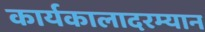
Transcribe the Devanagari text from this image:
कार्यकालादरम्यान